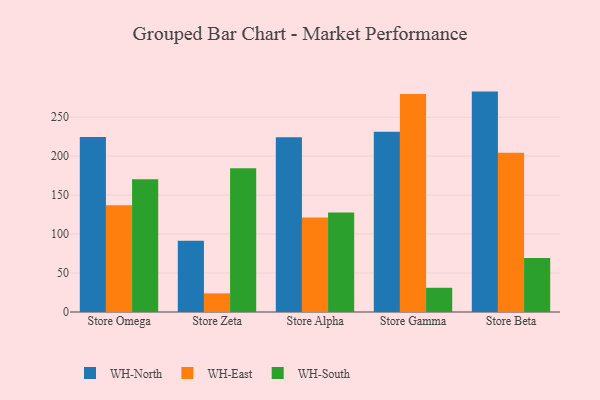
{"axis": {"x": "Store", "y": "Latency (ms)"}, "legend": ["WH-East", "WH-North", "WH-South"], "data": [{"x": "Store Omega", "y": 224.7, "type": "WH-North"}, {"x": "Store Omega", "y": 137.0, "type": "WH-East"}, {"x": "Store Omega", "y": 170.2, "type": "WH-South"}, {"x": "Store Zeta", "y": 91.5, "type": "WH-North"}, {"x": "Store Zeta", "y": 23.9, "type": "WH-East"}, {"x": "Store Zeta", "y": 184.4, "type": "WH-South"}, {"x": "Store Alpha", "y": 224.2, "type": "WH-North"}, {"x": "Store Alpha", "y": 121.4, "type": "WH-East"}, {"x": "Store Alpha", "y": 127.8, "type": "WH-South"}, {"x": "Store Gamma", "y": 231.2, "type": "WH-North"}, {"x": "Store Gamma", "y": 279.7, "type": "WH-East"}, {"x": "Store Gamma", "y": 31.1, "type": "WH-South"}, {"x": "Store Beta", "y": 282.8, "type": "WH-North"}, {"x": "Store Beta", "y": 204.2, "type": "WH-East"}, {"x": "Store Beta", "y": 69.2, "type": "WH-South"}]}